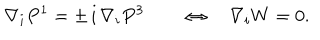
\nabla _ { i } P ^ { 1 } = \pm \, \mathrm { i } \, \nabla _ { i } P ^ { 3 } \qquad \Leftrightarrow \quad \nabla _ { i } W = 0 .